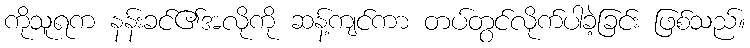
ကိုသူရက နန်းခင်၏အလိုကို ဆန့်ကျင်ကာ တပ်တွင်လိုက်ပါခဲ့ခြင်း ဖြစ်သည်။